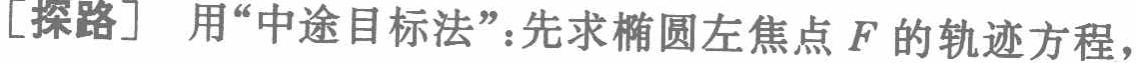
[探路] 用“中途目标法”：先求椭圆左焦点\(F\)的轨迹方程，